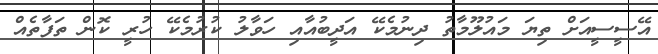
އޭސީސީއަށް ތިޔަ މައުލޫމާތު ދިނުމެކޭ އަދީބުއާއި ހަވާލު ކުރުމެކޭ ހުރީ ކޮން ތަފާތެއް